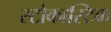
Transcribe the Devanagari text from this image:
स्टोकास्टिक